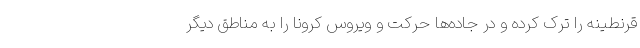
قرنطینه را ترک کرده و در جاده‌ها حرکت و ویروس کرونا را به مناطق دیگر